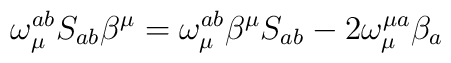
\omega _{\mu }^{ab}S_{ab}\beta ^{\mu }=\omega _{\mu }^{ab}\beta ^{\mu}S_{ab}-2\omega _{\mu }^{\mu a}\beta _{a}